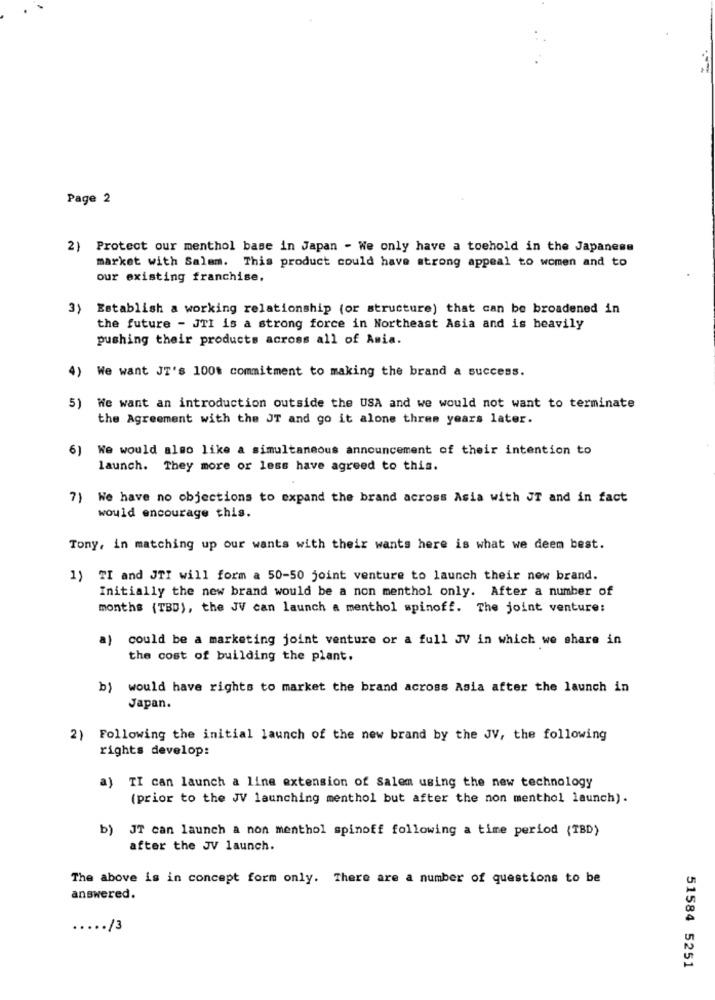
Page 2
2) Protect our menthol base in Japan - We only have a toehold in the Japanese
market with Salem. This product could have strong appeal to women and to
our existing franchise,
3}
Establish a working relationship (or structure) that can be broadened in
the future - JTI is a strong force in Northeast Asia and is heavily
pushing their products across all of Asia.
4) We want JT's 100% commitment to making the brand a success.
5) We want an introduction outside the USA and we would not want to terminate
the Agreement with the JT and go it alone three years later.
6)
We would also like a simultaneous announcement of their intention to
launch. They more or less have agreed to this.
7) We have no objections to expand the brand across Asia with JT and in fact
would encourage this.
Tony, in matching up our wants with their wants here is what we deem best.
1) TI and JTI will form a 50-50 joint venture to launch their new brand.
Initially the new brand would be a non menthol only. After a number of
months (TBD), the JV can launch a menthol spinoff. The joint venture:
a)
could be a marketing joint venture or a full JV in which we share in
the cost of building the plant.
b) would have rights to market the brand across Asia after the launch in
Japan.
2) Following the initial launch of the new brand by the JV, the following
rights develop:
a) TI can launch a line extension of Salem using the new technology
(prior to the JV launching menthol but after the non menthol launch).
b) JT can launch a non menthol spinoff following a time period (TBD)
after the JV launch.
The above is in concept form only. There are a number of questions to be
answered.
..... /3
51584 5251